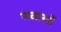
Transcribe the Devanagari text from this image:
नवासों